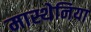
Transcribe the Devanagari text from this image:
मास्थेनिया